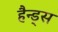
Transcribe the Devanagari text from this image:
हैन्ड्स